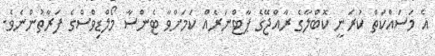
އެ މަސައްކަތް ކުރަނީ ކޮބްލާގެ ރާއްޖޭގެ ޕާޓްނަރެއް ކަމަށްވާ ޓެންސާ މޯލްޑިވްސްގެ ފަރާތުންނެވެ.